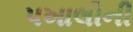
પખાલીની